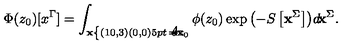
\Phi ( z _ { 0 } ) [ x ^ { \Gamma } ] = \int _ { { \bf x } \nolinebreak \left\{ \begin{picture} { ( 1 0 , 3 ) ( 0 , 0 ) \setlength { \unitlength } { . 5 p t } \put ( 1 , - 7 ) { \line ( 0 , 1 ) { 1 4 } } \put ( 2 , - 7 ) { \scriptscriptstyle \partial \Sigma } } \\ \end{picture} \right. = { \bf x } _ { 0 } } \phi ( z _ { 0 } ) \exp { \left( - S \left[ { \bf x } ^ { \Sigma } \right] \right) } d \! { \bf x } ^ { \Sigma } .